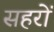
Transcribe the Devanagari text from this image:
सहरों